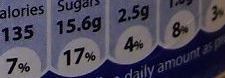
7% 17% 4% 8% 3%